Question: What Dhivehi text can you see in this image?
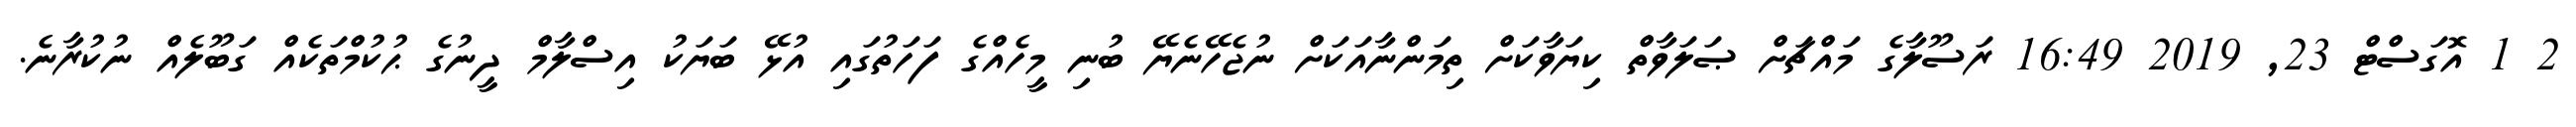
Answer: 2 1 އޮގަސްޓް 23, 2019 16:49 ރަސޫލާގެ މައްޗަށް ޞަލަވާތް ކިޔަވާކަށް ތިމަންނާއަކަށް ނުޖެހޭނެޔޭ ބުނި މީހެއްގެ ފަހަތުގައި އުޅޭ ބަޔަކު އިސްލާމް ދީނުގެ ޙުކުމްތަކެއް ގަބޫލެއް ނުކުރާނެ.